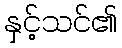
နှင့်သင်၏